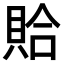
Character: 𫎖